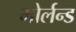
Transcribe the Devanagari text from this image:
मोर्लन्ड